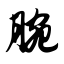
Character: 腕